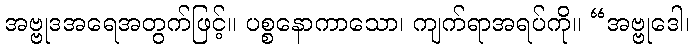
အဗ္ဗုဒအရေအတွက်ဖြင့်။ ပစ္စနောကာသော၊ ကျက်ရာအရပ်ကို။ “အဗ္ဗုဒေါ၊